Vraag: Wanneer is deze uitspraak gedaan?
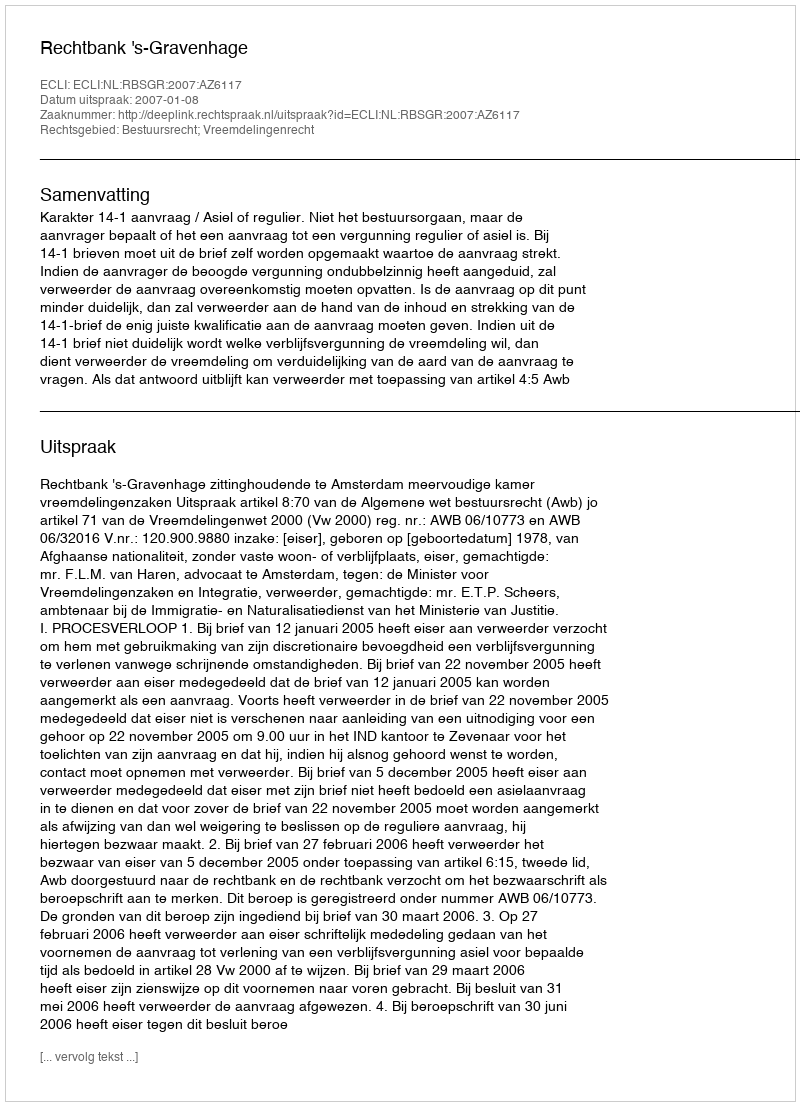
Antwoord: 2007-01-08